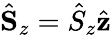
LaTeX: \hat{\mathbf S}_{z}=\hat{S}_{z}\hat{\mathbf z}